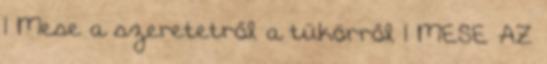
1 Mese a szeretetről a tükörről 1 MESE AZ